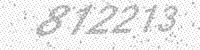
Solution: 812213